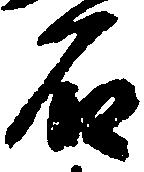
石